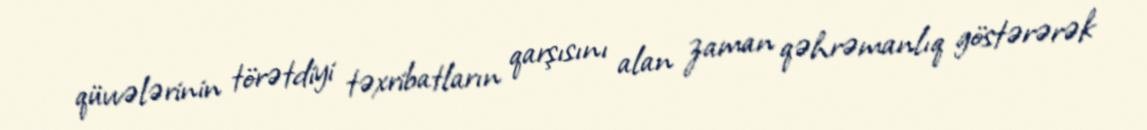
qüvvələrinin törətdiyi təxribatların qarşısını alan zaman qəhrəmanlıq göstərərək